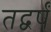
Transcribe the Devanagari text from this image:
तद्वर्षं